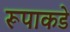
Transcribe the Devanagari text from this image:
रूपाकडे